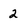
Character: 2